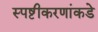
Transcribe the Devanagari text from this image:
स्पष्टीकरणांकडे